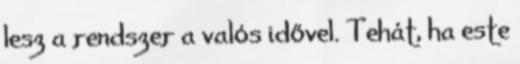
lesz a rendszer a valós idővel. Tehát, ha este